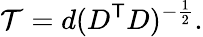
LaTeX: \mathcal{T}=d(D^{\mathsf{{T}}}D)^{-{\frac{{1}}{{2}}}}.